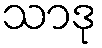
သာဒု